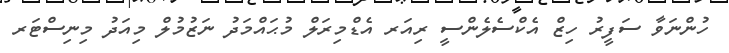
ހުންނަވާ ސަފީރު ހިޒް އެކްސެލެންސީ ރިއަރ އެޑްމިރަލް މުޙައްމަދު ނަޒުމުލް މިއަދު މިނިސްޓަރ